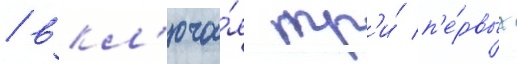
/ вкл'юча́я тр'и́ п'е́рвых